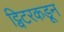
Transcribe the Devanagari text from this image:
ट्विटरकडून